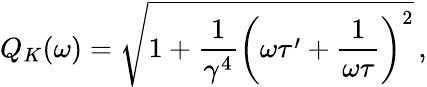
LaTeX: Q_{K}(\omega)=\sqrt{1+\frac{1}{\gamma^{4}}\left(\omega\tau^{\prime}+\frac{1}{\omega\tau}\right)^{2}}\, ,